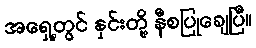
အရှေ့တွင် နှင်းတို့ နီစပြုချေပြီ။